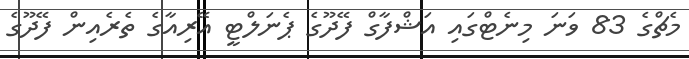
މެޗްގެ 83 ވަނަ މިނެޓްގައި އަޝްފާގް ފޭދޫގެ ޕެނަލްޓީ އޭރިއާގެ ތެރެއިން ފޭދޫގެ